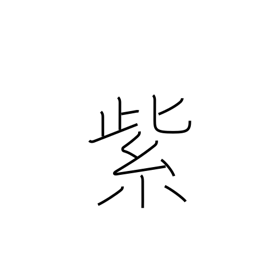
Meaning: purple